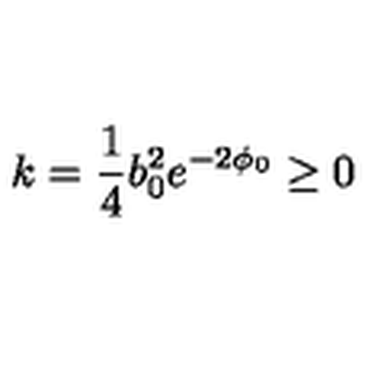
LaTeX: k = \frac { 1 } { 4 } b _ { 0 } ^ { 2 } e ^ { - 2 \phi _ { 0 } } \ge 0